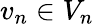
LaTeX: v_{n}\in V_{n}